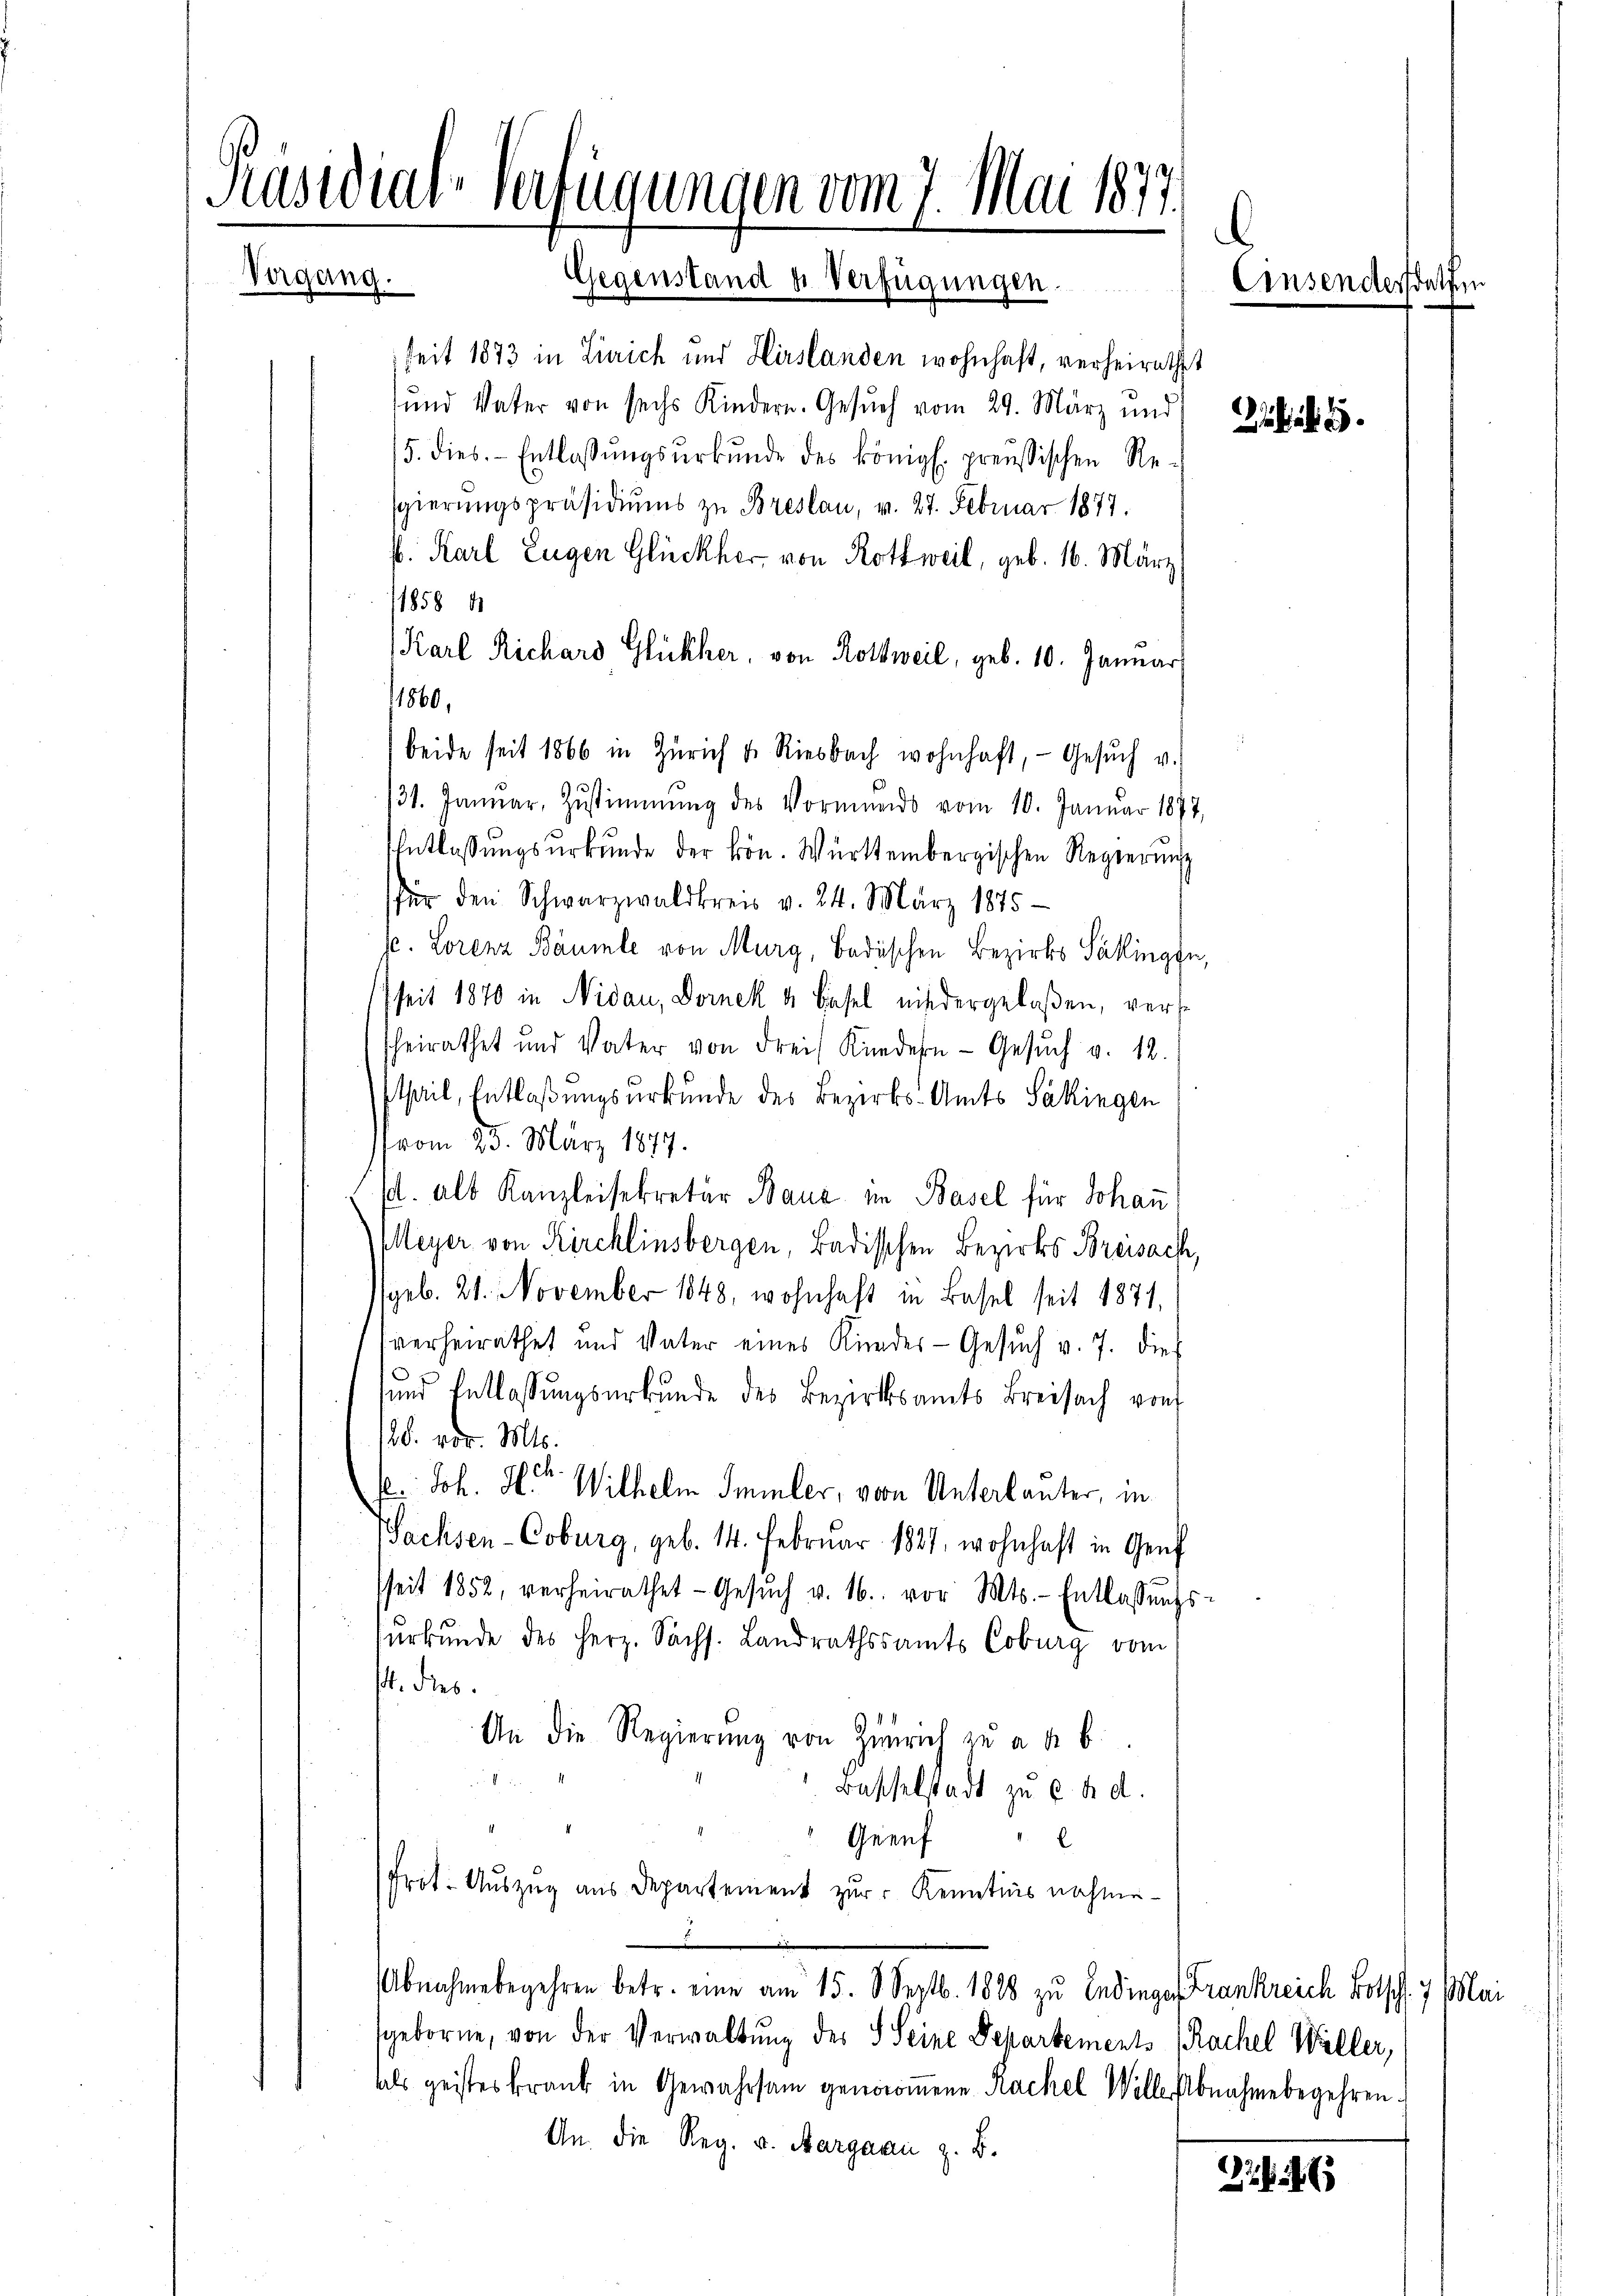
Präsidialverfügungen vom 7. Mai 1877.
.
Vergang.
Gegenstand u. Verfügungen.
Einsenderstatten
u

seit 1873 in Zürich und Hirslanden wohnhaft, verheirathet
und Vater von sechs Kindern. Gesŭch vom 29. März und
5. dies. - Entlassŭngsŭrkŭnde des königl. preußischen Re-
sgierungspräsidiŭms zu Breslau, v. 27. Februar 1877.
b. Karl Eugen Glückher von Rottweil, geb. 16. März
1858
Karl Richard Glückher, von Rottweil, geb. 10. Januar
11860,
beide seit 1866 in Zürich v. Riesbach wohnhaft, Gesŭch u.
31. Januar, Zŭstimmung des Vormunds vom 10. Januar 1877,
Entlassŭngsŭrkŭnde der kön. Württembergischen Regierŭng
für den Schwarzwaldkreis v. 24. März 1875
. Lorenz Bäumle von Murg, Badischen Bezirks Säkingen,
seit 1870 in Nidau, Dornek u. Basel niedergelaßen, verse
scheirathet und Vater von drei Kindern Gesŭch v. 12.
stheil, Entlaßungsurkunde des Bezirks-Amts Säkingen
vom 25. März 1877.
sd. als Kanzleisekretär Baue im Basel für Johan
Meyer von Kirchlinsbergen, Badischen Bezirks Breisach,
(geb. 21. November 1848, wohnhaft in Basel seit 1871,
sverheirathet und Vater eines Kindes- Gesuch v. 7. dies
und Entlassŭngsurkunde des Bezirksamts Breisach von
128. vor. Mts.
s: Joh. Hch. Wilhelm Smmler, von Unterlauter, in
Sachsen-Coburg, geb. 14. Februar 1887, wohnhaft in Genf
sseit 1852, verheirathet - Gesŭch v. 16. vor. Mts. - Entlassŭngs-
surkunde des Herz. Sächs. Landrathssamts Coburg vom
14. Dies
An die Regierŭng von Zürich zŭ a. a. b.
1
Basselstadt zu Ch. d.
Geeuf
l
Prot. Auszug aus Departement zur Kenntnis nahme
Abnahmebegehren betr. eine am 15. 8 Septb. 1888 zu Endinge Frankreich Botsch. 7. Mai
sgeborne, von der Verwaltung des S. Seine Departements Sachel Willer,
als geisteskrank in Gewahrsam genommene Rachel Wille Abnahmebegehren.
An die Reg. u. Aargaan z. B.

.

2286